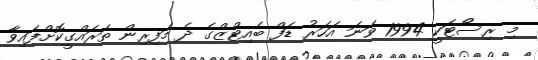
މި ރިސޯޓަކީ 1994 ވަނަ އަހަރު ޑަފް ބެއިޓްޒްގެ ދެ މަފިރިން ތަރައްގީކޮށްފައިވާ